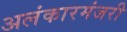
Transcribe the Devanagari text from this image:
अलंकारमंजरी